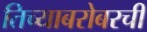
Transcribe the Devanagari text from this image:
तिच्याबरोबरची